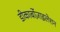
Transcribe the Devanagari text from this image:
डीकार्बोज़ाइलेशन